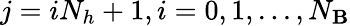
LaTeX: j=iN_{h}+1,i=0,1,...,N_{\mathbf{B}}